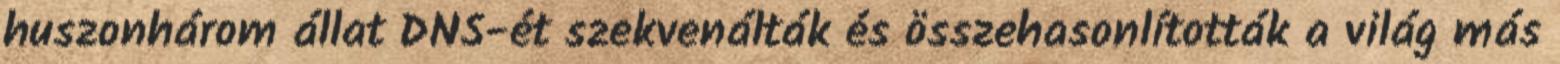
huszonhárom állat DNS-ét szekvenálták és összehasonlították a világ más